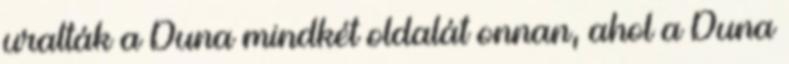
uralták a Duna mindkét oldalát onnan, ahol a Duna